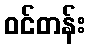
ဝင်တန်း